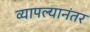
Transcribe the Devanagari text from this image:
व्यापल्यानंतर